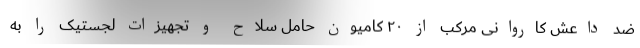
ضد داعش کاروانی مرکب از ۲۰ کامیون حامل سلاح و تجهیزات لجستیک را به